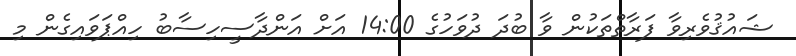
ޝައުޤުވެރިވާ ފަރާތްތަކުން ވާ ބުދަ ދުވަހުގެ 14:00 އަށް އަންދާސީހިސާބު ހިއްޕަވައިގެން މި